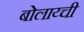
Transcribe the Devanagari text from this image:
बोलाय्ची